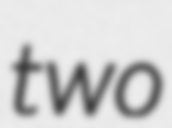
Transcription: two